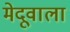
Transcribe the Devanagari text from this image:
मेदूवाला